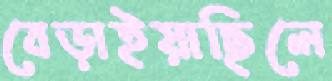
বেড়াইয়াছিলে